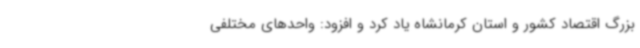
بزرگ اقتصاد کشور و استان کرمانشاه یاد کرد و افزود: واحدهای مختلفی